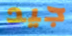
جيد